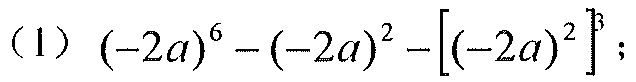
(1) \((-2a)^{6}-(-2a)^{2}-\left[(-2a)^{2}\right]^{3}\)